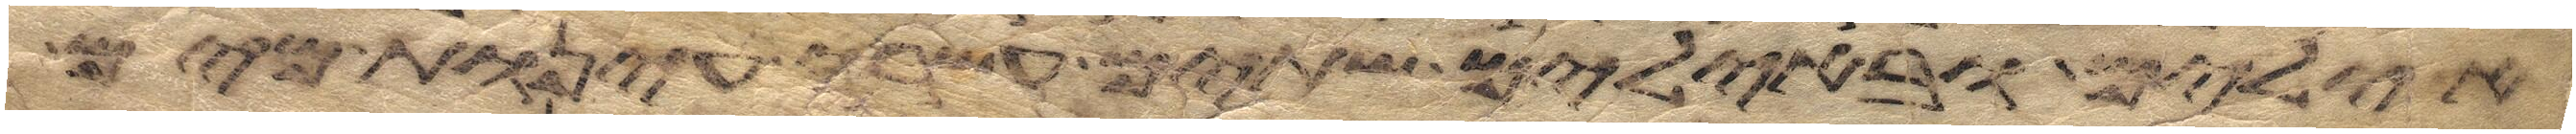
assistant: אילים ובאילים שתים עשרה עינות מים